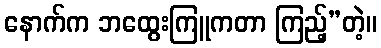
နောက်က ဘထွေးကြူကတာ ကြည့်”တဲ့။